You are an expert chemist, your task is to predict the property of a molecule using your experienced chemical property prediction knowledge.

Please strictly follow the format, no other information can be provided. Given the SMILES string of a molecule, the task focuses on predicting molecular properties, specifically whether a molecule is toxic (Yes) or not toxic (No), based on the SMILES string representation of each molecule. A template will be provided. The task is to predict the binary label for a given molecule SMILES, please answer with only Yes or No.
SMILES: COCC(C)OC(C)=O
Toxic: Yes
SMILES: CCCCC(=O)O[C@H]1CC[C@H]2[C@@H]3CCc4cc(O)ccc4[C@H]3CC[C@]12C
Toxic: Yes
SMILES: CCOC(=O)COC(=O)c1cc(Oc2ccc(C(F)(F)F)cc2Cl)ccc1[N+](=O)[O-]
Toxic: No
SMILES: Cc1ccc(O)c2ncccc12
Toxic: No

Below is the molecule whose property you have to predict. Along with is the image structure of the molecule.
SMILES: COc1cc2nc(N3CCN(C(=O)C4COc5ccccc5O4)CC3)nc(N)c2cc1OC
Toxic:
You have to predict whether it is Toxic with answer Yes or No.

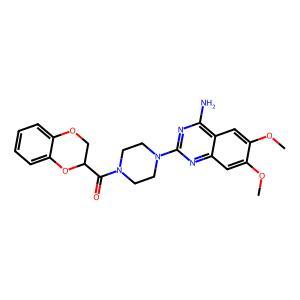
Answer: No